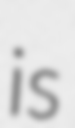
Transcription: is